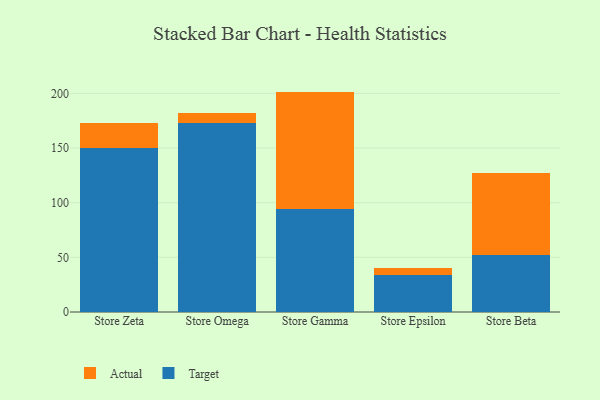
{"axis": {"x": "Store", "y": "Operating Costs (USD K)"}, "legend": ["Actual", "Target"], "data": [{"x": "Store Zeta", "y": 150.0, "type": "Target"}, {"x": "Store Zeta", "y": 23.1, "type": "Actual"}, {"x": "Store Omega", "y": 173.1, "type": "Target"}, {"x": "Store Omega", "y": 9.3, "type": "Actual"}, {"x": "Store Gamma", "y": 94.2, "type": "Target"}, {"x": "Store Gamma", "y": 107.4, "type": "Actual"}, {"x": "Store Epsilon", "y": 33.7, "type": "Target"}, {"x": "Store Epsilon", "y": 7.0, "type": "Actual"}, {"x": "Store Beta", "y": 51.8, "type": "Target"}, {"x": "Store Beta", "y": 75.7, "type": "Actual"}]}